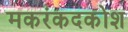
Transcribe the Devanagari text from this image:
मकरंकदकोश